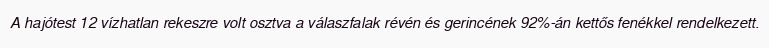
A hajótest 12 vízhatlan rekeszre volt osztva a válaszfalak révén és gerincének 92%-án kettős fenékkel rendelkezett.